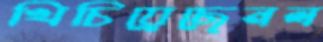
খিচিয়েছেনল